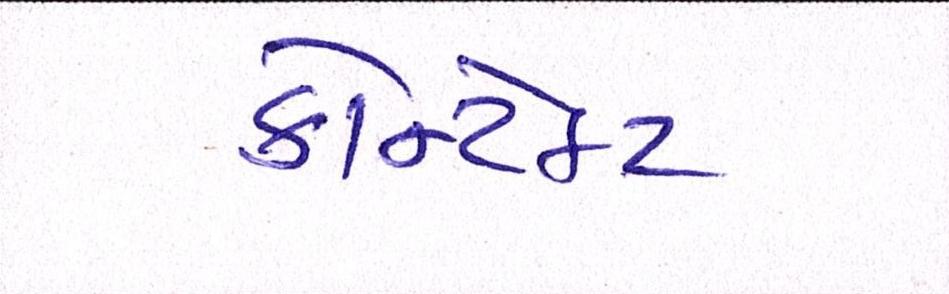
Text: કોન્ટેકટ